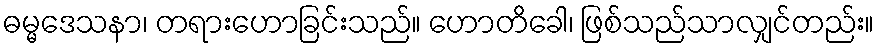
ဓမ္မဒေသနာ၊ တရားဟောခြင်းသည်။ ဟောတိခေါ၊ ဖြစ်သည်သာလျှင်တည်း။